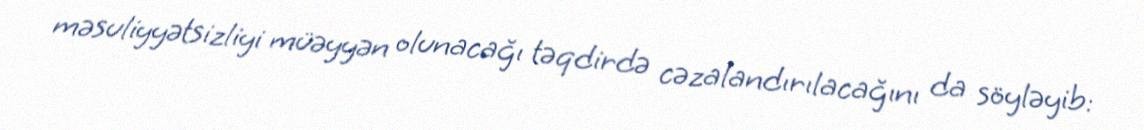
məsuliyyətsizliyi müəyyən olunacağı təqdirdə cəzalandırılacağını da söyləyib: